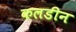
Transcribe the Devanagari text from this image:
कलडीन